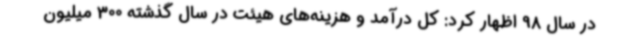
در سال 98 اظهار کرد: کل درآمد و هزینه‌های هیئت در سال گذشته 300 میلیون